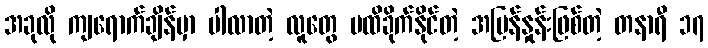
အခုလို ကျရောက်ချိန်မှာ ပါလာတဲ့ လူတွေ မထိခိုက်နိုင်တဲ့ အမြန်နှုန်းဖြစ်တဲ့ တနာရီ ၁၇